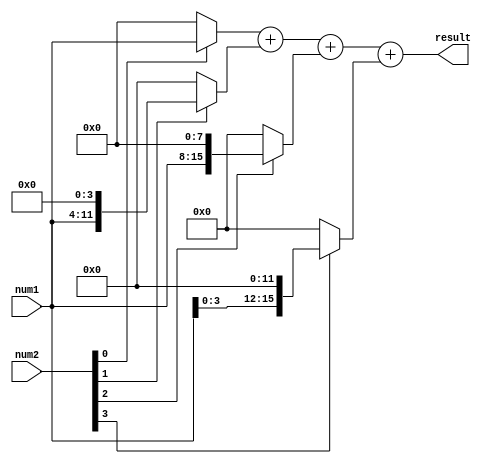
module Radix4Multiplier (
    input wire [7:0] num1,
    input wire [7:0] num2,
    output reg [15:0] result
);

reg [15:0] partial_product [3:0];
reg [15:0] accumulator;

always @ (*) begin
    // Stage 1: Compute partial products
    partial_product[0] = (num2[0] == 1) ? (num1 << 0) : 16'b0;
    partial_product[1] = (num2[1] == 1) ? (num1 << 4) : 16'b0;
    partial_product[2] = (num2[2] == 1) ? (num1 << 8) : 16'b0;
    partial_product[3] = (num2[3] == 1) ? (num1 << 12) : 16'b0;

    // Stage 2: Accumulate partial products
    accumulator = partial_product[0] + partial_product[1] + partial_product[2] + partial_product[3];
    
    // Output final result
    result = accumulator;
end

endmodule